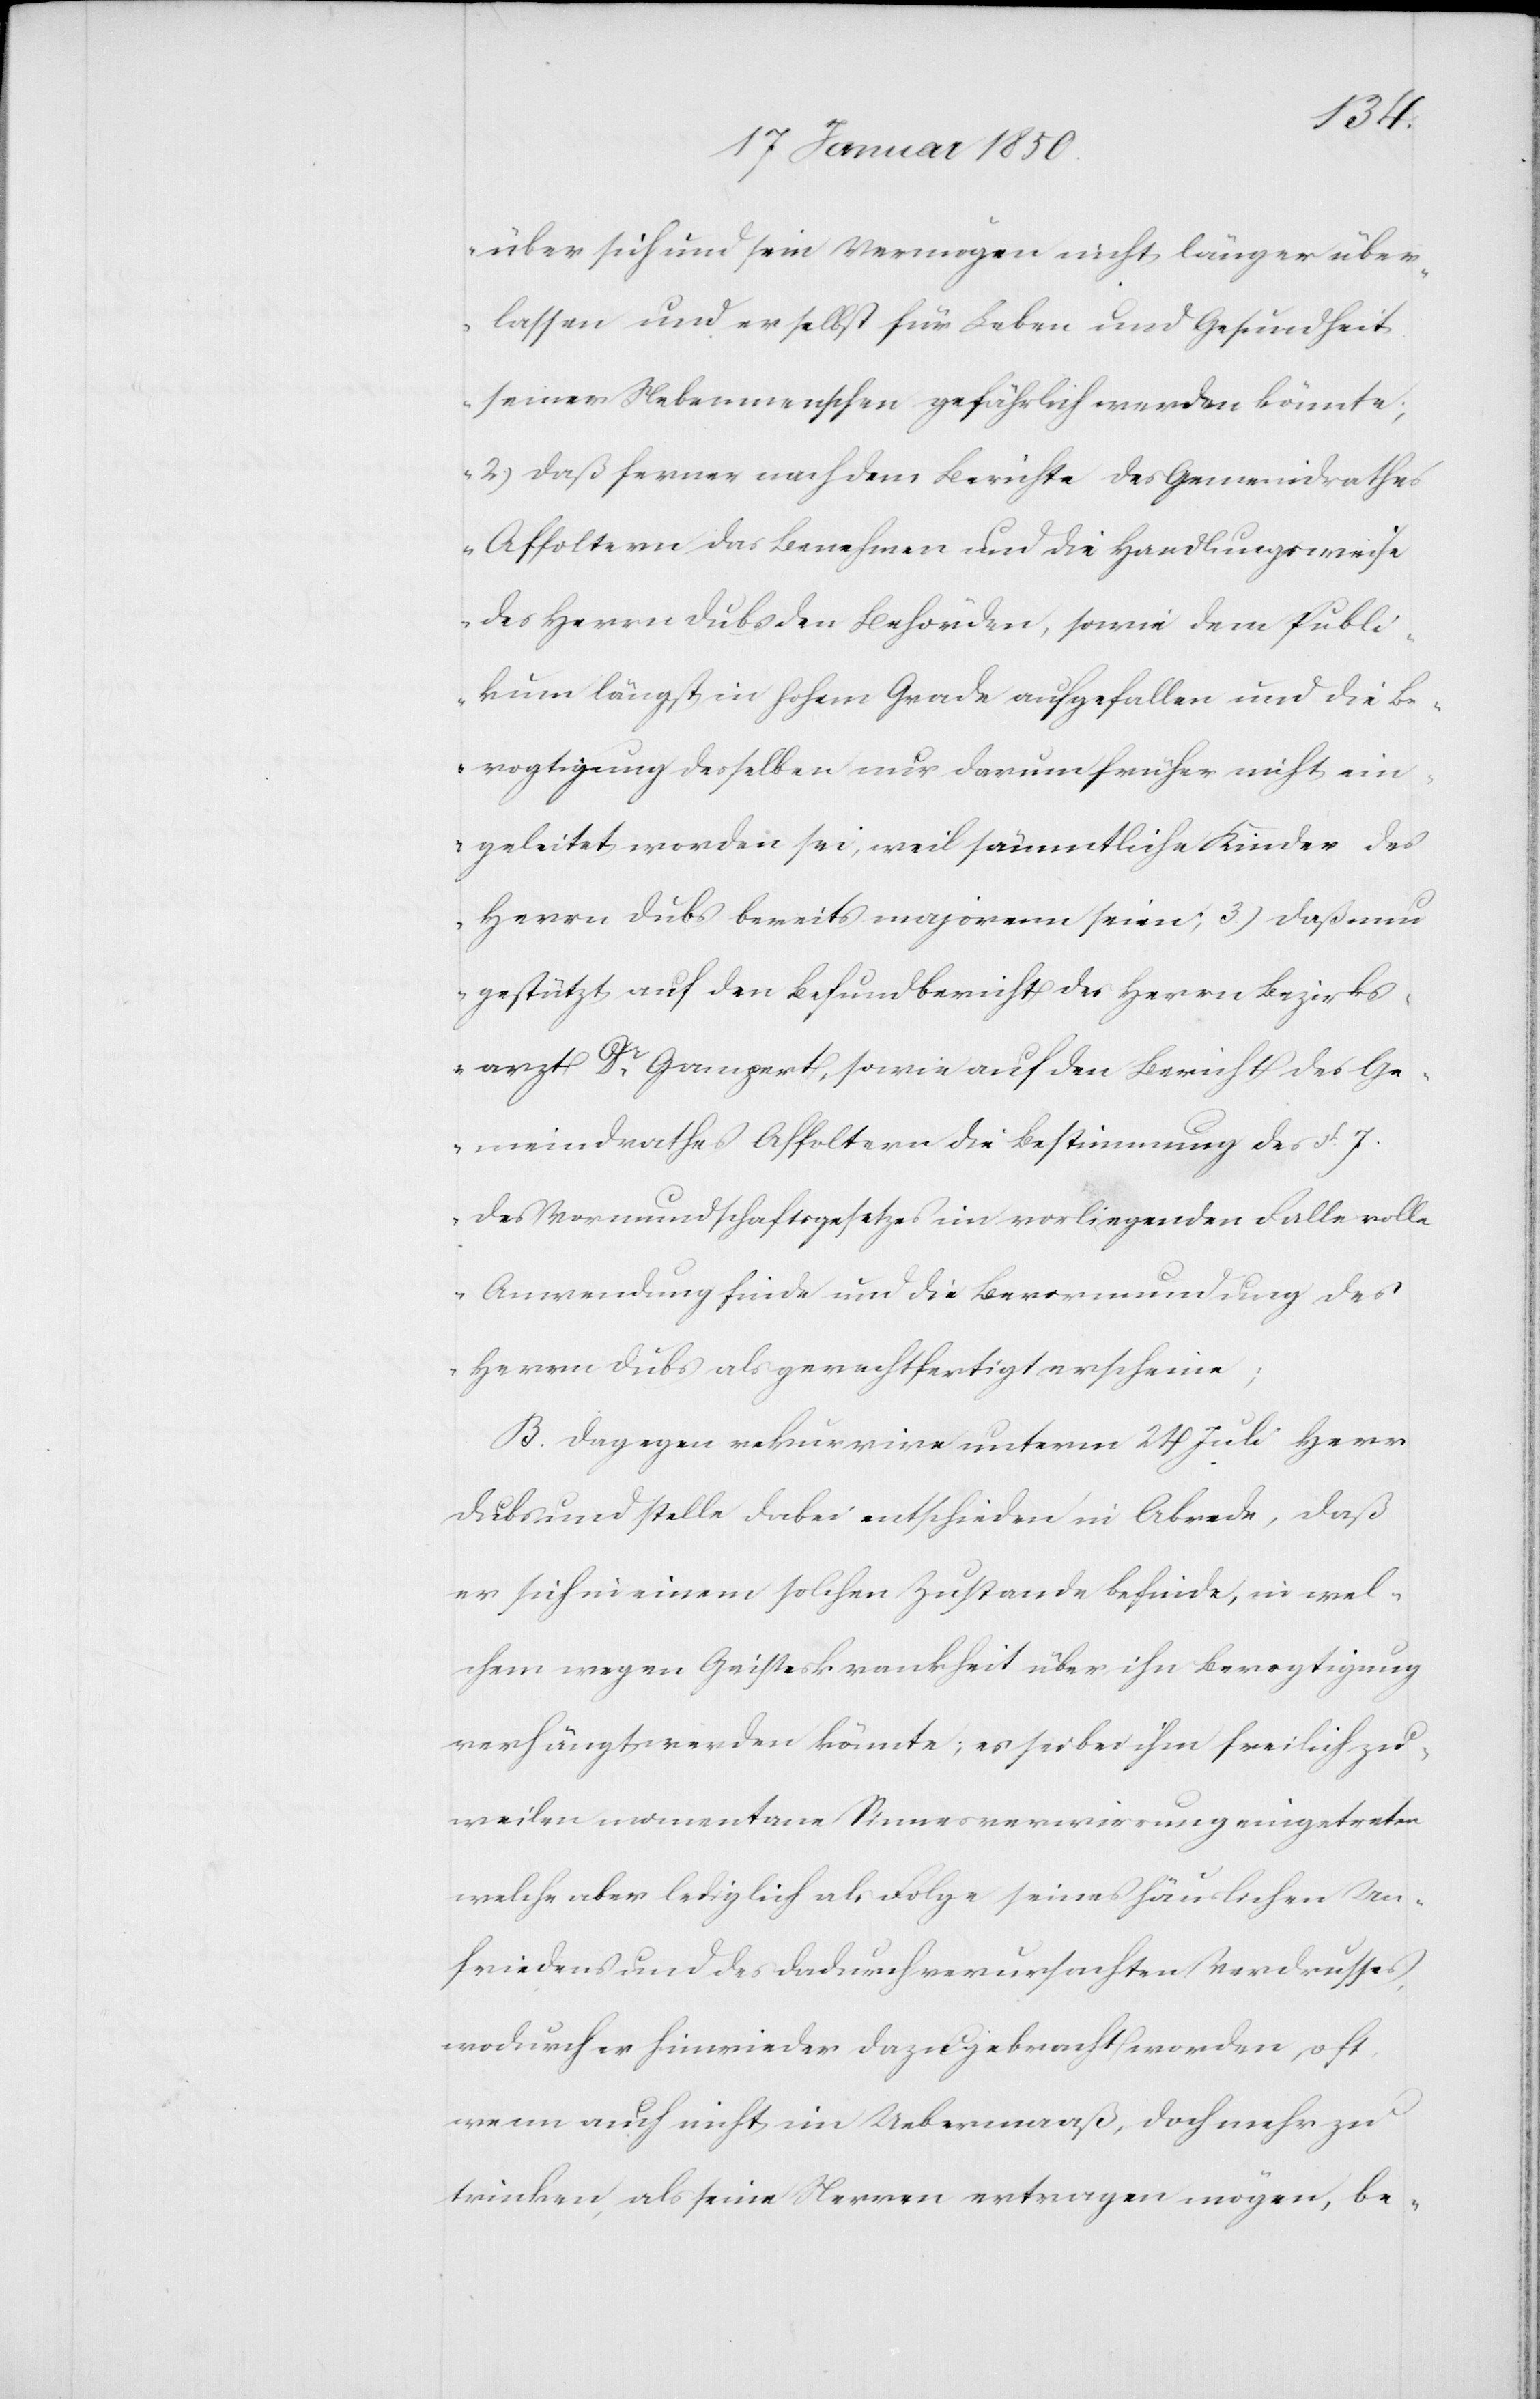
über sich und sein Vermögen nicht länger über¬
lassen und er selbst für Leben und Gesundheit
seiner Nebenmenschen gefährlich werden könnte;
2.) Daß ferner nach dem Berichte des Gemeindrathes
Affoltern das Benehmen und die Handlungsweise
des Herrn Dubs den Behörden, sowie dem Publi¬
kum längst in hohem Grade aufgefallen und die Be¬
vogtigung desselben nur darum früher nicht ein¬
geleitet worden sei, weil sämmtliche Kinder des
Herrn Dubs bereits majorenn seien; 3) Daß nun
gestützt auf den Befundbericht des Herrn Bezirks¬
arzt Dr Gampert [sic!], sowie auf den Bericht des Ge¬
meindrathes Affoltern die Bestimmung des §. 7.
des Vormundschaftsgesetzes im vorliegenden Falle volle
Anwendung finde und die Bevormundung des
Herrn Dubs als gerechtfertigt erscheine[“];
B. Dagegen rekurrire unterm 24 Juli Herr
Dubs und stelle dabei entschieden in Abrede, daß
er sich in einem solchen Zustande befinde, in wel¬
chem wegen Geisteskrankheit über ihn Bevogtigung
verhängt werden könnte; es sei bei ihm freilich zu¬
weilen momentane Sinnesverwirrung eingetreten
welche aber lediglich als Folge seines häuslichen Un¬
friedens und des dadurch verursachten Verdrusses,
wodurch er hinwieder dazu gebracht worden, oft
wenn auch nicht im Uebermaaß, doch mehr zu
trinken, als seine Herren ertragen mögen, be-